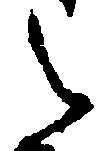
之